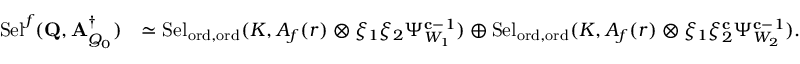
\begin{array} { r l } { \mathrm { S e l } ^ { { \boldsymbol { f } } } ( \mathbf { Q } , \mathbf { A } _ { Q _ { 0 } } ^ { \dagger } ) } & { \simeq \mathrm { S e l } _ { { \mathrm { o r d } , \mathrm { o r d } } } ( K , A _ { f } ( r ) \otimes \xi _ { 1 } \xi _ { 2 } \Psi _ { W _ { 1 } } ^ { \mathbf { c } - 1 } ) \oplus \mathrm { S e l } _ { { \mathrm { o r d } , \mathrm { o r d } } } ( K , A _ { f } ( r ) \otimes \xi _ { 1 } \xi _ { 2 } ^ { \mathbf { c } } \Psi _ { W _ { 2 } } ^ { \mathbf { c } - 1 } ) . } \end{array}